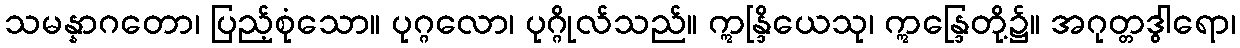
သမန္နာဂတော၊ ပြည့်စုံသော။ ပုဂ္ဂလော၊ ပုဂ္ဂိုလ်သည်။ ဣန္ဒြိယေသု၊ ဣန္ဒြေတို့၌။ အဂုတ္တဒွါရော၊